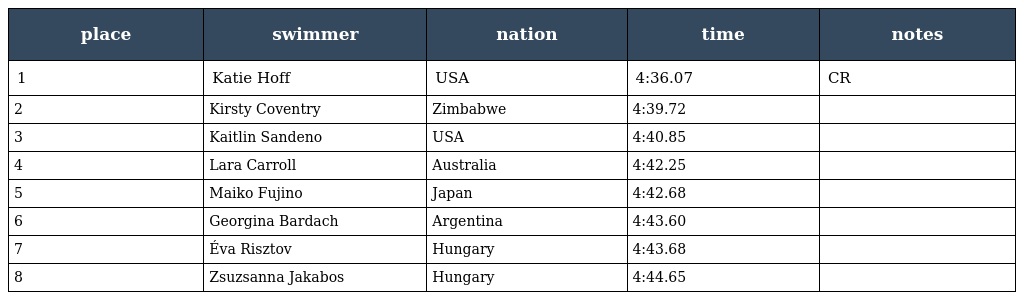
| place | swimmer | nation | time | notes |
 | --- | --- | --- | --- | --- |
 | 1 | Katie Hoff | USA | 4:36.07 | CR |
 | 2 | Kirsty Coventry | Zimbabwe | 4:39.72 |  |
 | 3 | Kaitlin Sandeno | USA | 4:40.85 |  |
 | 4 | Lara Carroll | Australia | 4:42.25 |  |
 | 5 | Maiko Fujino | Japan | 4:42.68 |  |
 | 6 | Georgina Bardach | Argentina | 4:43.60 |  |
 | 7 | Éva Risztov | Hungary | 4:43.68 |  |
 | 8 | Zsuzsanna Jakabos | Hungary | 4:44.65 |  |